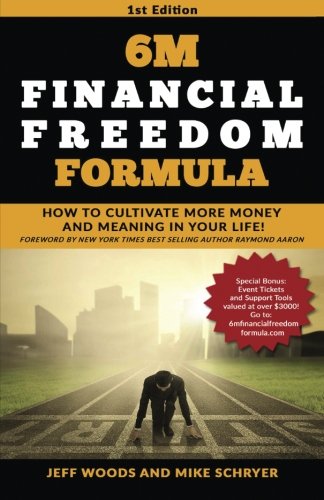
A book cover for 6M Financial Freedom Formula: How to Cultivate More Money and Meaning in Your Life!; Jeff Woods; Business & Money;